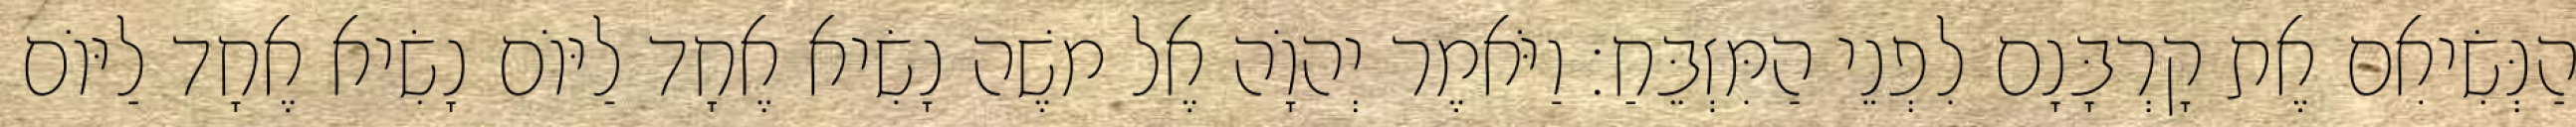
הַנְּשִׂיאִם אֶת קָרְבָּנָם לִפְנֵי הַמִּזְבֵּחַ׃ וַיֹּאמֶר יְהוָֹה אֶל משֶׁה נָשִׂיא אֶחָד לַיּוֹם נָשִׂיא אֶחָד לַיּוֹם